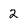
Character: 2